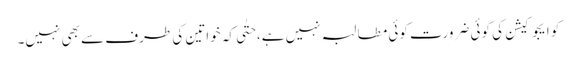
کو ایجوکیشن کی کوئی ضرورت کوئی مطالبہ نہیں ہے، حتٰی کہ خواتین کی طرف سے بھی نہیں۔